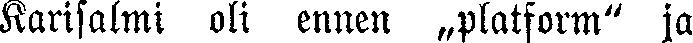
Karisalmi oli ennen „platform" ja